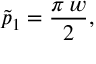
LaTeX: \tilde { p } _ { 1 } = { \frac { \pi \, w } { 2 } } ,